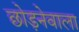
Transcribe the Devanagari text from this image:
छोड़नेवाला